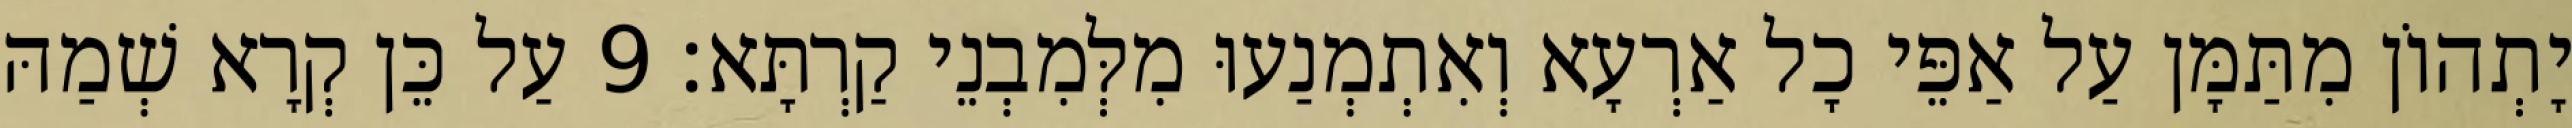
יָתְהוֹן מִתַּמָּן עַל אַפֵּי כָל אַרְעָא וְאִתְמְנַעוּ מִלְּמִבְנֵי קַרְתָּא׃ 9 עַל כֵּן קְרָא שְׁמַהּ